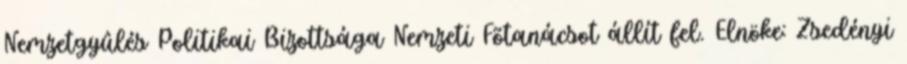
Nemzetgyûlés Politikai Bizottsága Nemzeti Fõtanácsot állít fel. Elnöke: Zsedényi